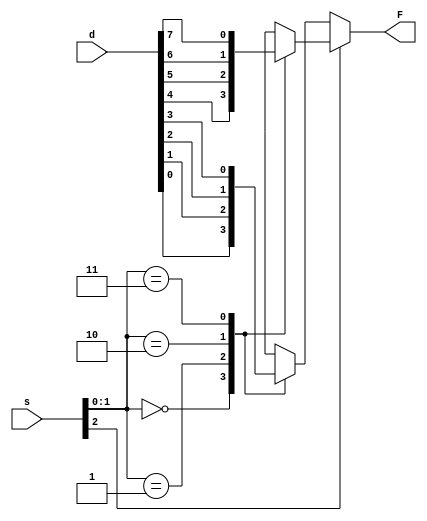
module mux8to1(output reg F, input [2:0] s, input [7:0]d);
    reg w1,w2;
    function y_2x1(input s, b, a);
        y_2x1 = (s) ? b : a;
    endfunction

    function automatic y_4x1(input [1:0] sel, input [3:0] data);
        case (sel)
            2'b00:  y_4x1 = data[0];
            2'b01:  y_4x1 = data[1];
            2'b10:  y_4x1 = data[2];
            2'b11:  y_4x1 = data[3];
            default:y_4x1 = 1'bx;
        endcase
    endfunction

    always @(*)
    begin
        w1 = y_4x1(s[1:0], d[3:0]);
        w2 = y_4x1(s[1:0], d[7:4]);
        F = y_2x1(s[2], w2, w1);
    end
endmodule